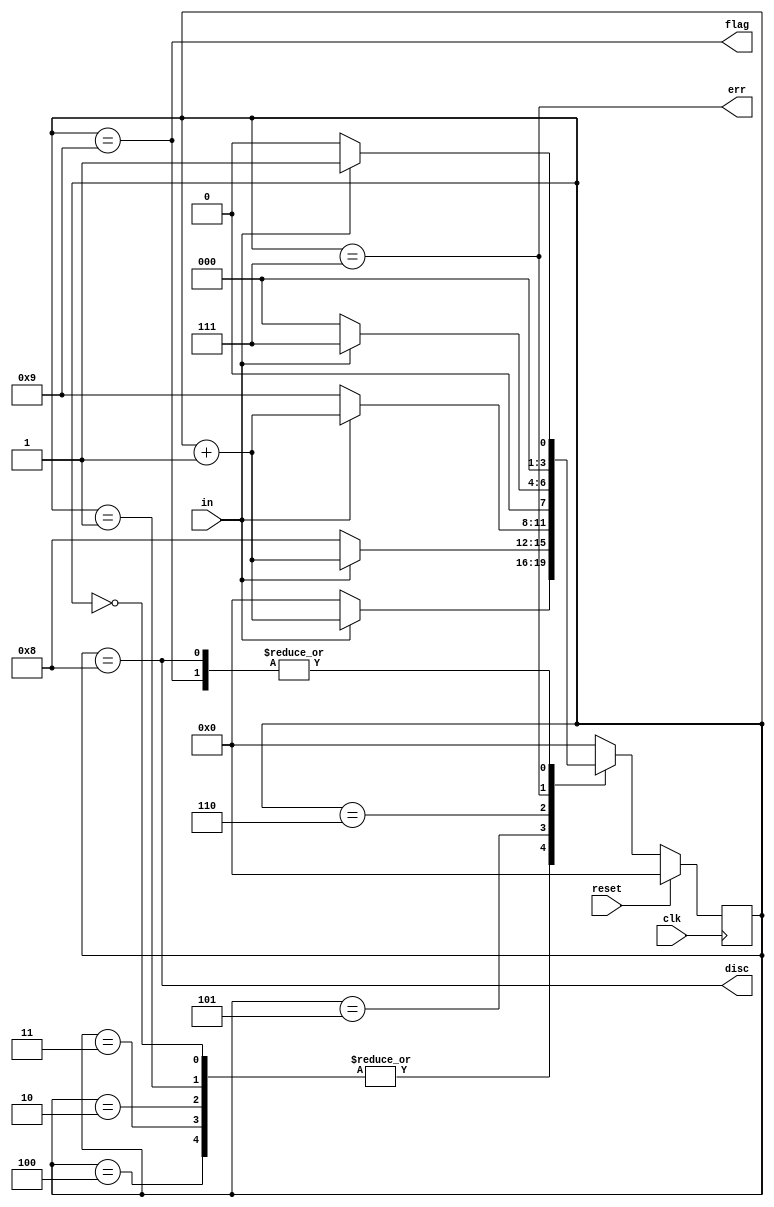
module top_module(
    input clk,
    input reset,    // Synchronous reset
    input in,
    output disc,
    output flag,
    output err);
    
    reg [3:0] state, next_state;
    
    always @(*) begin
        case(state)
            4'h0, 4'h1, 4'h2, 4'h3, 4'h4:	next_state = in? (state + 4'h1) : 4'h0;
            4'h5:	next_state = in? (state + 4'h1) : 4'h8;
            4'h6:	next_state = in? (state + 4'h1) : 4'h9;
            4'h7:	next_state = in? 4'h7 : 4'h0;
            4'h8:	next_state = in? 4'h1 : 4'h0;
            4'h9:	next_state = in? 4'h1 : 4'h0;
            default:	next_state = 4'h0;
        endcase
    end
    
    always @(posedge clk) begin
        if(reset)
            state <= 4'h0;
        else
            state <= next_state;
    end
    
    assign disc = (state == 4'h8);
    assign flag = (state == 4'h9);
    assign err= (state == 4'h7);

endmodule